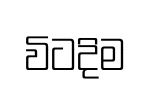
විටදිම